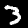
Digit: 3